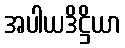
အပါယဒိဋ္ဌိယာ